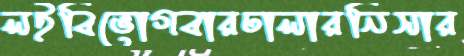
লইবিভোগবারঢালারনিসার